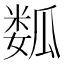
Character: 𱰆